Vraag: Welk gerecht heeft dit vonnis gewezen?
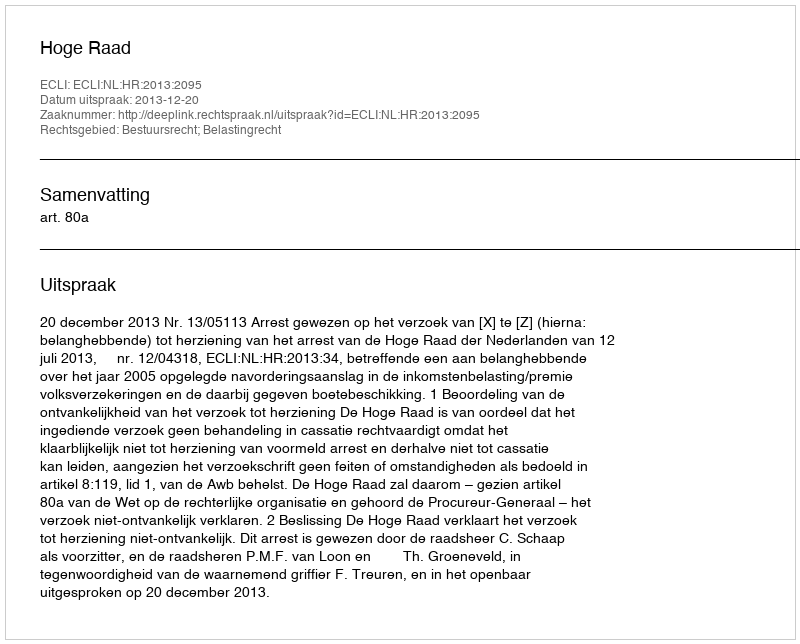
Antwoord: Hoge Raad